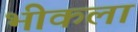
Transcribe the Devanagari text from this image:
भीकला